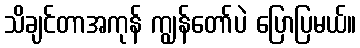
သိချင်တာအကုန် ကျွန်တော်ပဲ ပြောပြမယ်။